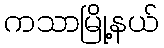
ကသာမြို့နယ်